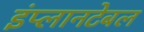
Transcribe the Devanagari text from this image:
इंप्लानटेबल